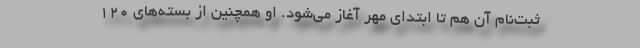
ثبت‌نام آن هم تا ابتدای مهر آغاز می‌شود. او همچنین از بسته‌های ۱۲۰